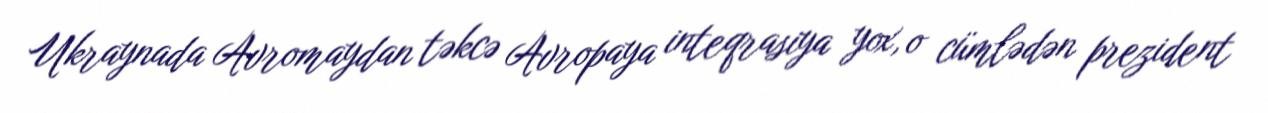
Ukraynada Avromaydan təkcə Avropaya inteqrasiya yox, o cümlədən prezident